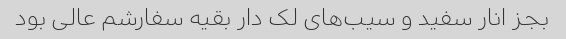
بجز انار سفید و سیب‌های لک دار بقیه سفارشم عالی بود